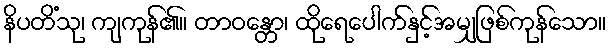
နိပတိံသု၊ ကျကုန်၏။ တာဝန္တော၊ ထိုရေပေါက်နှင့်အမျှဖြစ်ကုန်သော။